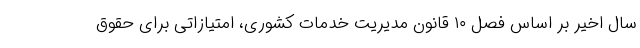
سال اخیر بر اساس فصل ۱۰ قانون مدیریت خدمات کشوری، امتیازاتی برای حقوق